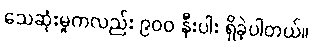
သေဆုံးမှုကလည်း ၉၀၀ နီးပါး ရှိခဲ့ပါတယ်။